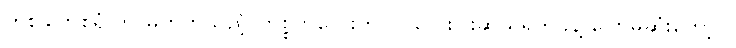
တစ်ခါတစ်ရံ ဘာမဟုတ်သည့် ကိစ္စကလေးကိုပင် လေးငါးဆယ်ရက်ခန့် ပြောမဆုံးတော့ ။